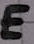
Text: E